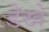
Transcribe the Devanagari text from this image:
डेखे